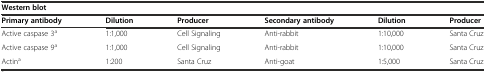
| <COLSPAN=6> Western blot |
 | Primary antibody | Dilution | Producer | Secondary antibody | Dilution | Producer |
 | --- | --- | --- | --- | --- | --- |
 | Active caspase 3a | 1:1,000 | Cell Signaling | Anti-rabbit | 1:10,000 | Santa Cruz |
 | Active caspase 9a | 1:1,000 | Cell Signaling | Anti-rabbit | 1:10,000 | Santa Cruz |
 | Actina | 1:200 | Santa Cruz | Anti-goat | 1:5,000 | Santa Cruz |